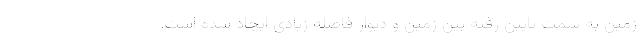
زمین به سمت پایین رفته بین زمین و دیوار فاصله زیادی ایجاد شده است.